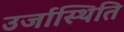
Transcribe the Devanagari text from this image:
उर्जास्थिति